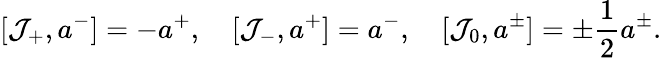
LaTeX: [{\cal J}_{+},a^{-}]=-a^{+},\quad[{\cal J}_{-},a^{+}]=a^{-},\quad[{\cal J}_{0},a^{\pm}]=\pm\frac{1}{2}a^{\pm}.